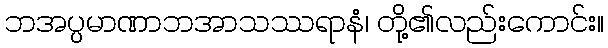
ဘအပ္ပမာဏာဘအာသဿရာနံ၊ တို့၏လည်းကောင်း။